Scottish Certificate of Education, 1963
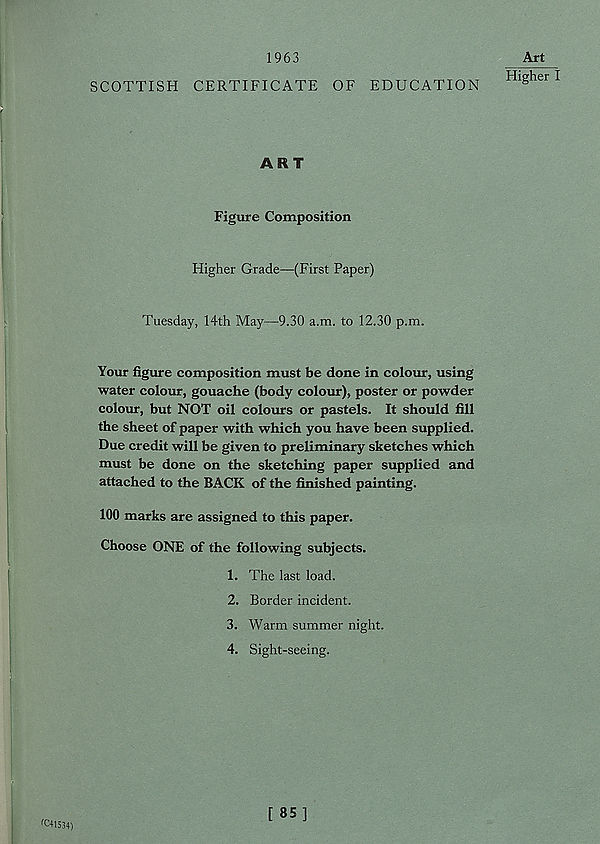
1963
SCOTTISH CERTIFICATE OF EDUCATION
Art
Higher I
ART
Figure Composition
Higher Grade—(First Paper)
Tuesday, 14th May—9.30 a.m. to 12.30 p.m.
Your figure composition must be done in colour, using
water colour, gouache (body colour), poster or powder
colour, but NOT oil colours or pastels. It should fill
the sheet of paper with which you have been supplied.
Due credit will be given to preliminary sketches which
must be done on the sketching paper supplied and
attached to the BACK of the finished painting.
100 marks are assigned to this paper.
Choose ONE of the following subjects.
1. The last load.
2. Border incident.
3. Warm summer night.
4. Sight-seeing.
f C+1534)
[ 85]